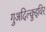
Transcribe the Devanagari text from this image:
गुअदिल्क़ुइविर